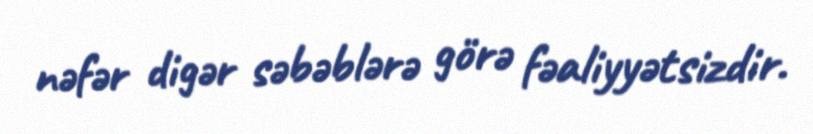
nəfər digər səbəblərə görə fəaliyyətsizdir.